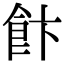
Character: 飰